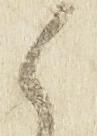
候